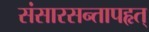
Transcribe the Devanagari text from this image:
संसारसन्तापहृत्